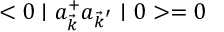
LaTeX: < 0 \mid a _ { \vec { k } } ^ { + } a _ { { \vec { k } } ^ { ' } } \mid 0 > = 0